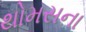
થોમસના